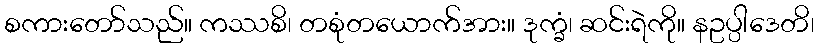
စကားတော်သည်။ ကဿစိ၊ တစုံတယောက်အား။ ဒုက္ခံ၊ ဆင်းရဲကို။ နဥပ္ပါဒေတိ၊